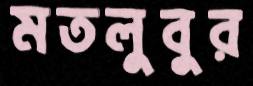
মতলুবুর